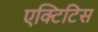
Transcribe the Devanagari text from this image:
एक्टिटिस